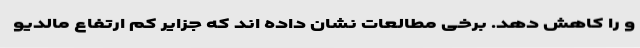
و را کاهش دهد. برخی مطالعات نشان داده اند که جزایر کم ارتفاع مالدیو